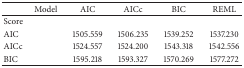
|  | Model | AIC | AICc | BIC | REML |
 | --- | --- | --- | --- | --- | --- |
 | Score |  |  |  |  |  |
 | AIC |  | 1505.559 | 1506.235 | 1539.252 | 1537.230 |
 | AICc |  | 1524.557 | 1524.200 | 1543.318 | 1542.556 |
 | BIC |  | 1595.218 | 1593.327 | 1570.269 | 1577.272 |